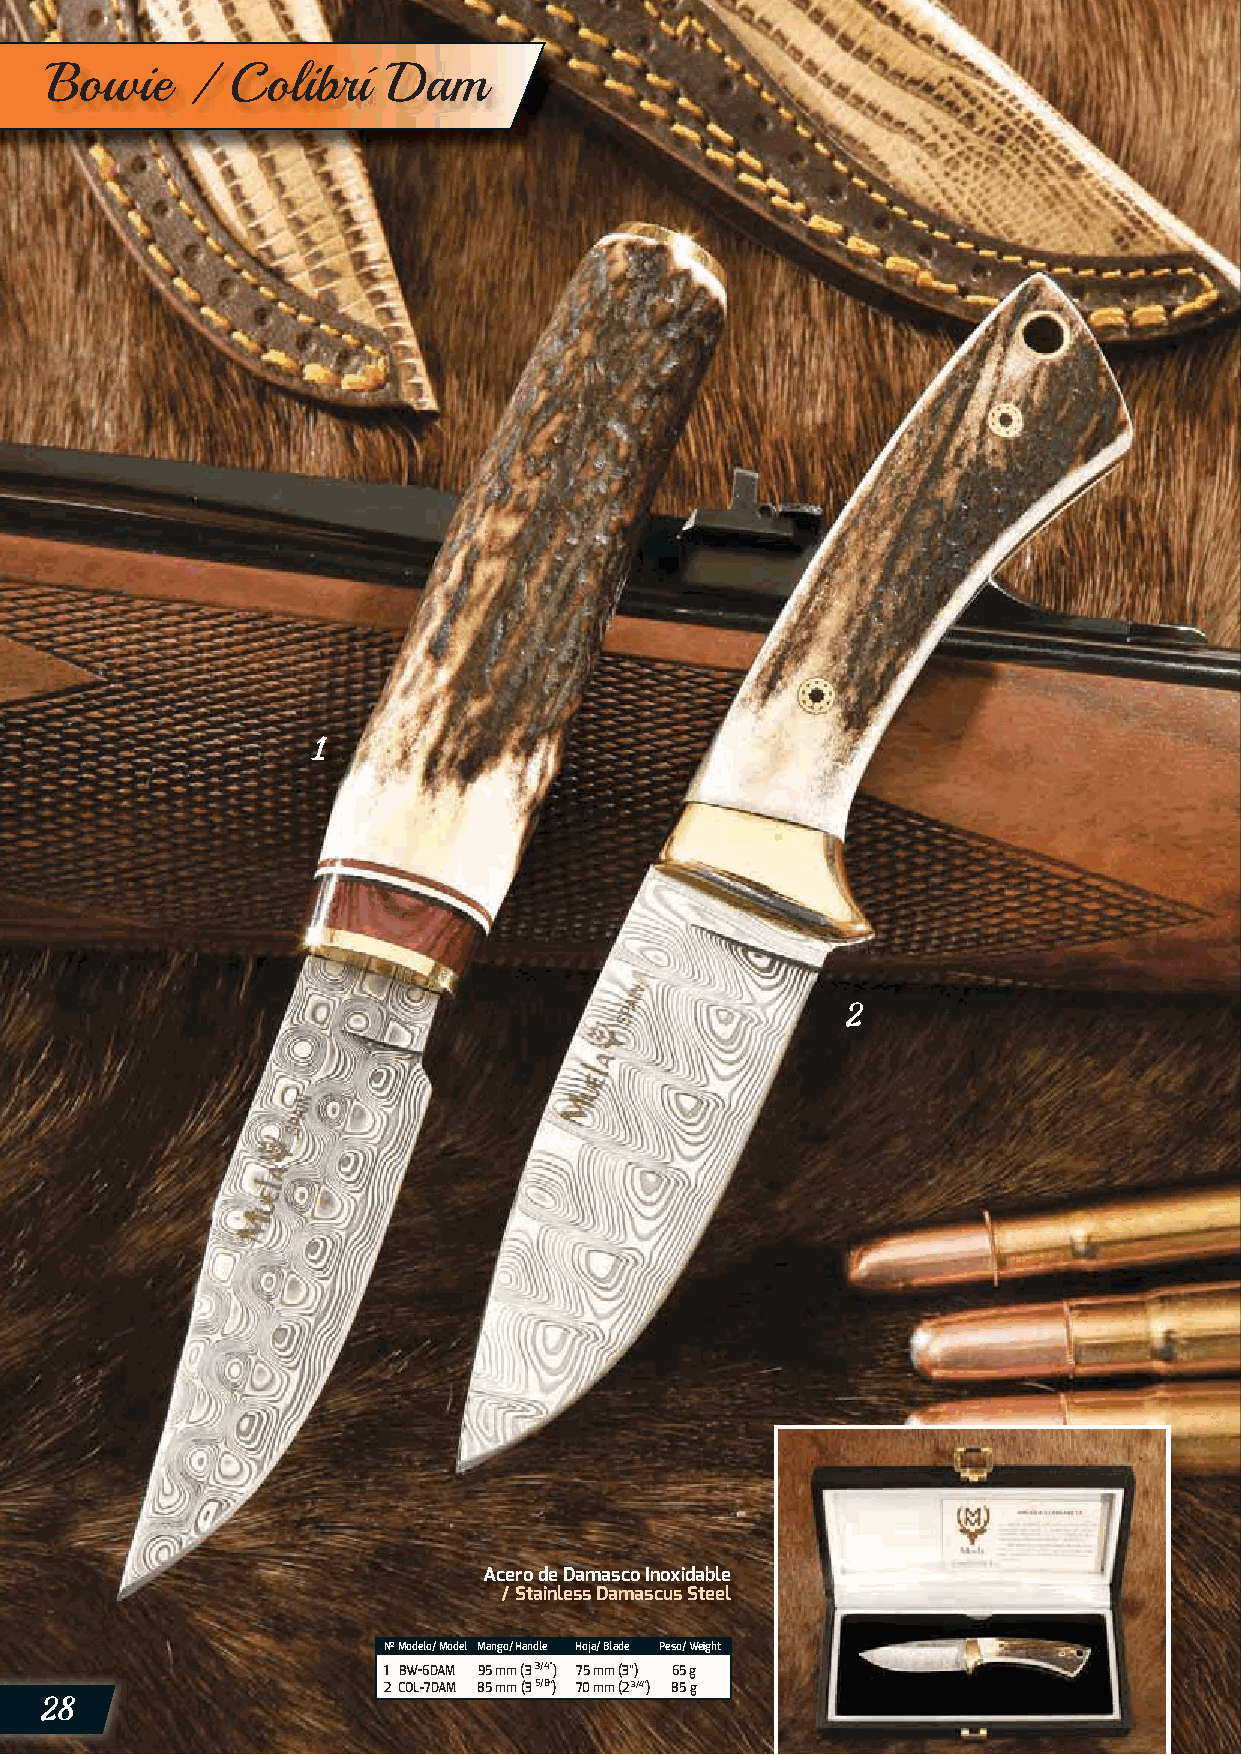
Bowie    /  Colibrí    Dam
 1
 2
 Acero de Damasco Inoxidable
 / Stainless Damascus Steel
 Nº Modelo/ Model Mango/ Handle Hoja/ Blade Peso/ Weight
 1 BW-6DAM 95 mm (3 3/4”) 75 mm (3”) 65 g
 28
 2 COL-7DAM 85 mm (3 5/8”) 7 0 mm (2 3/4”) 85 g